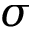
\sigma